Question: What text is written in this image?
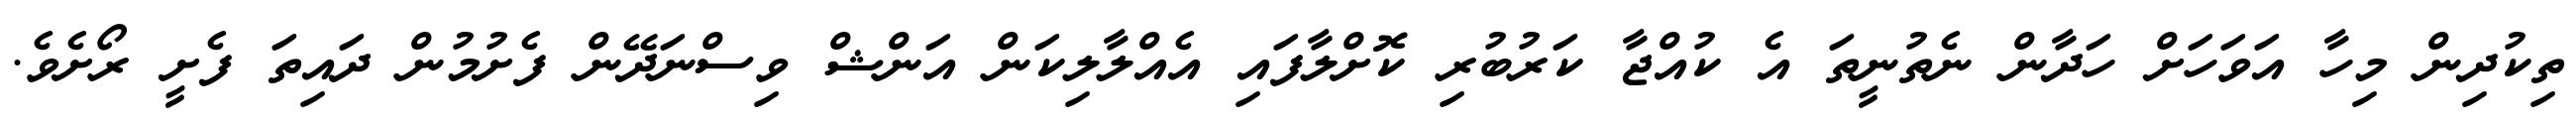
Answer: ތިކުދިން މިހާ އަވަހަށް ހަދާން ނެތުނީތަ އެ ކުއްޖާ ކަރުބުރި ކޮށްލާފައި އެއްލާލިކަން އަންޝް ވިސްނަދޭން ފެށުމުން ދައިތަ ފެށީ ރޯށެވެ.